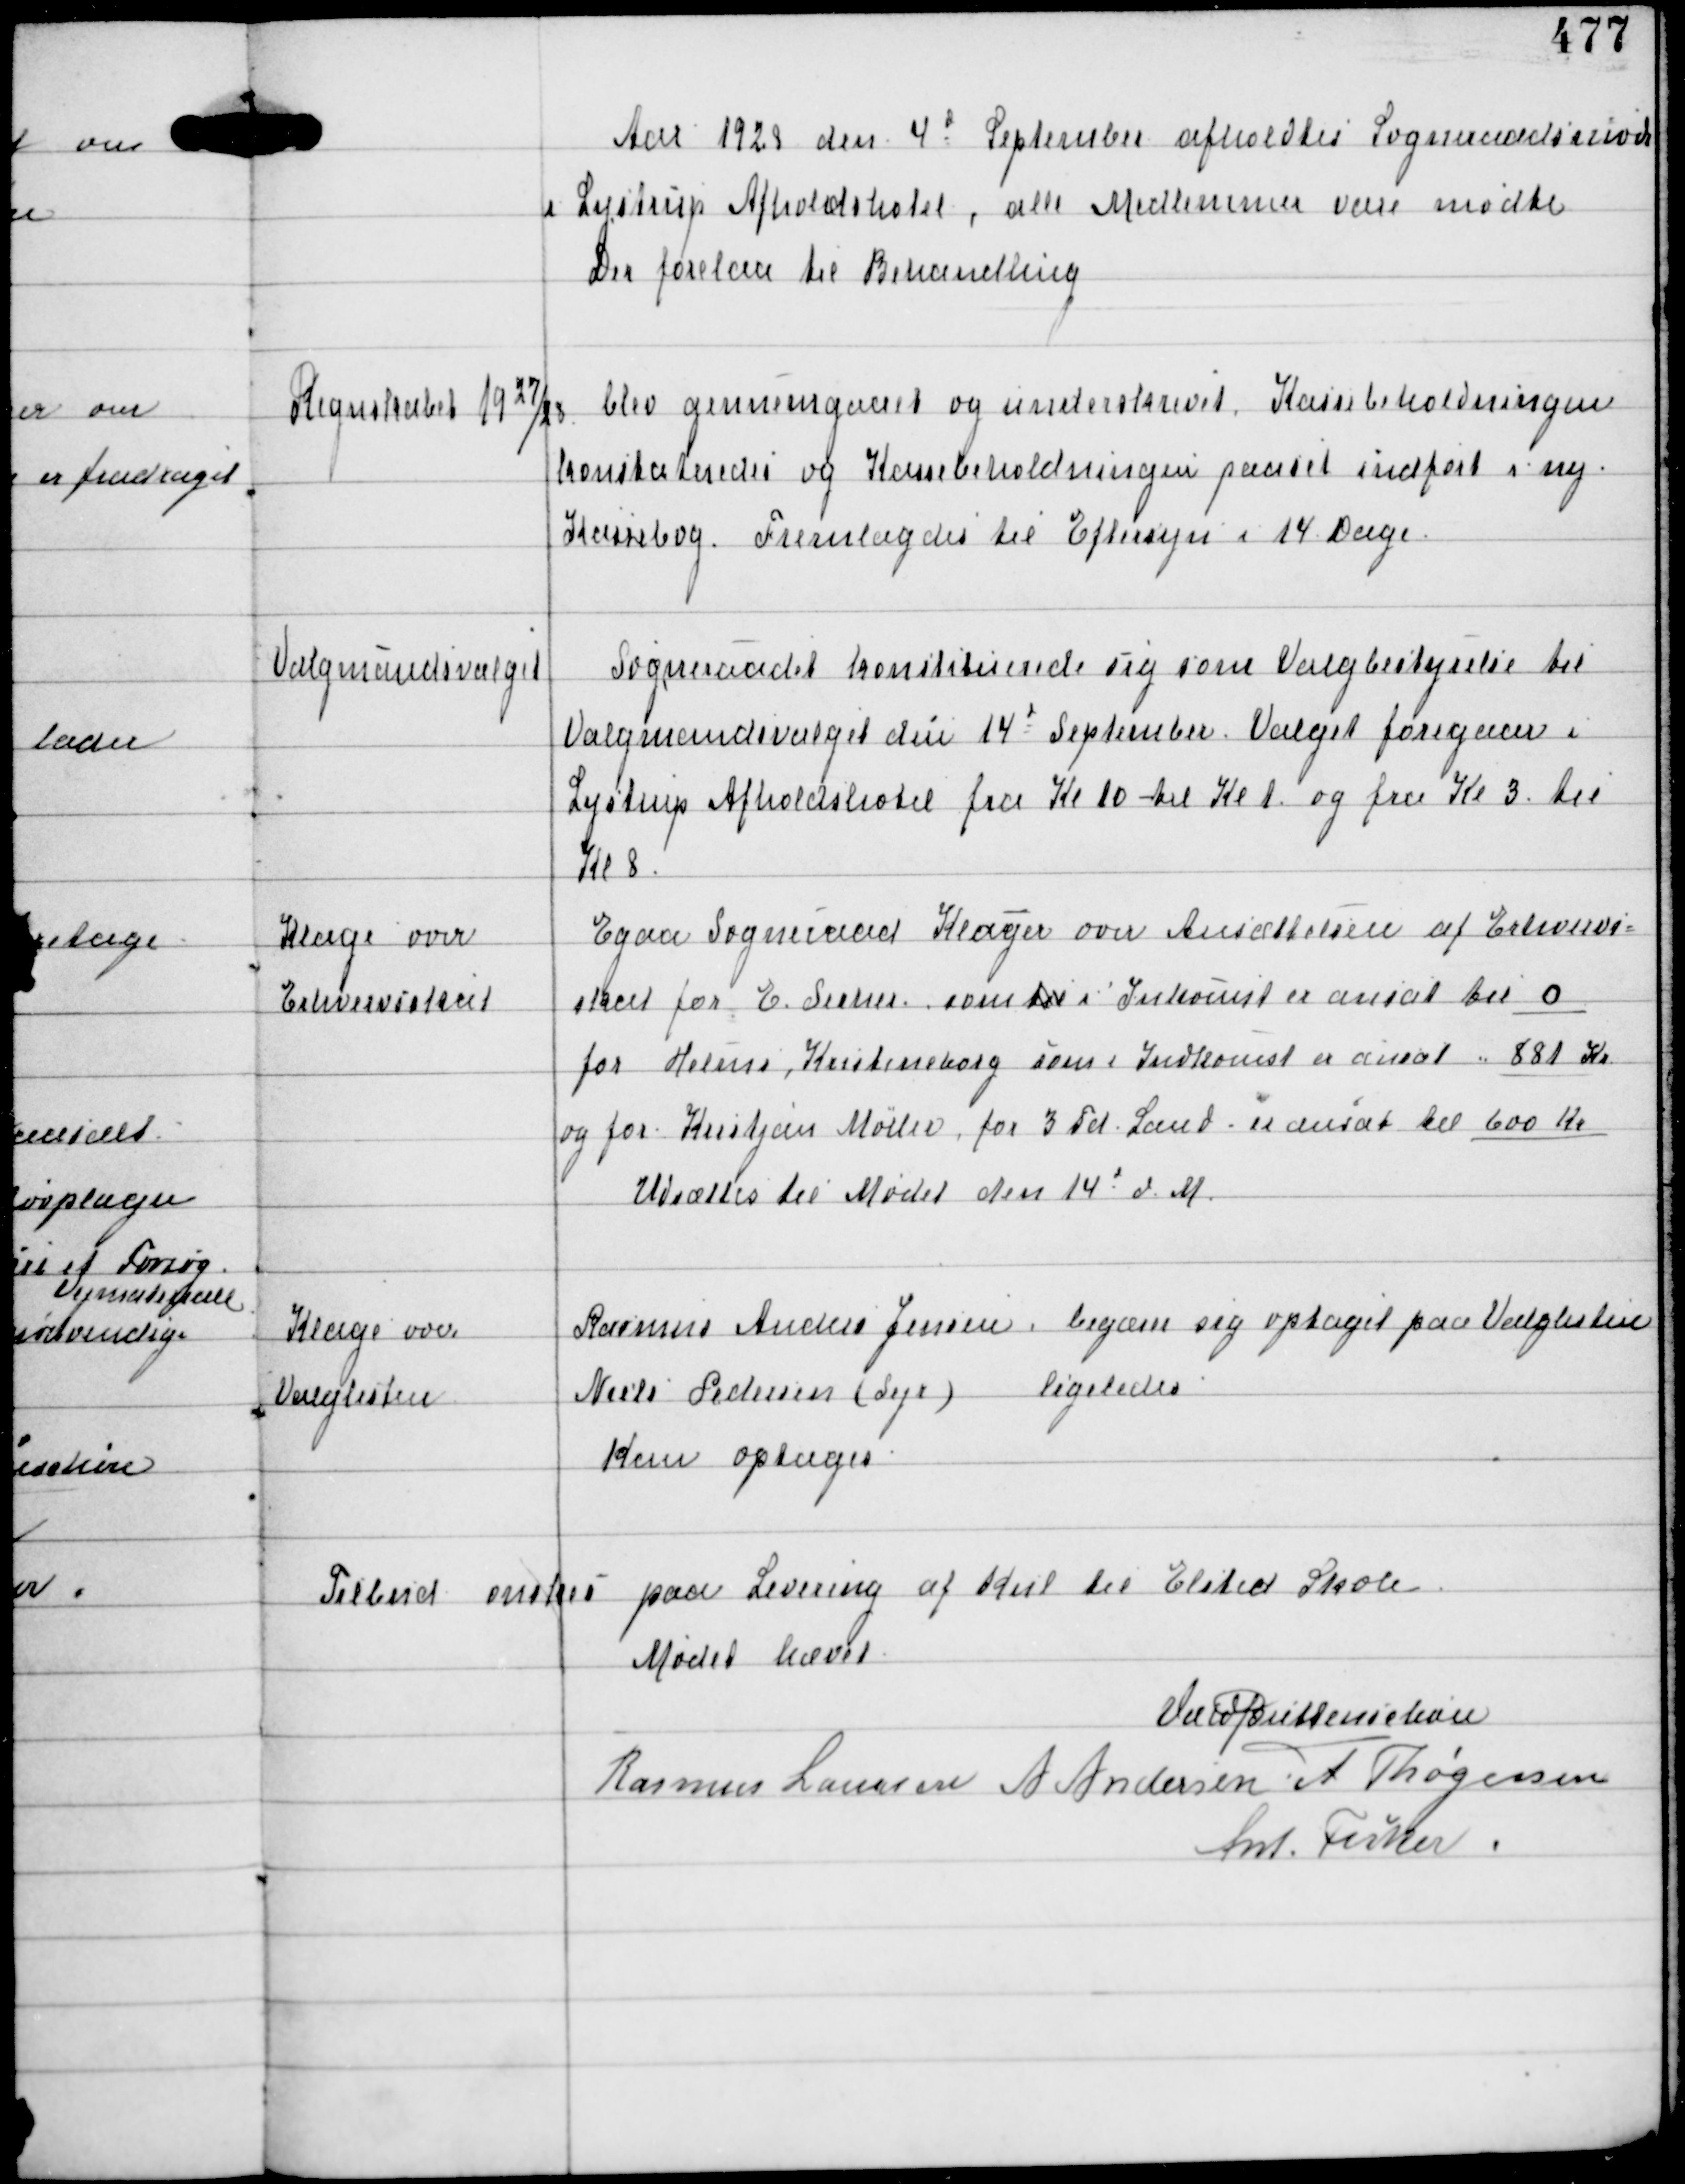
Transskription:
Aar 1928 den 4d September afholdtes Sogneraadsmøde
i Lystrup Afholdshotel, alle Medlemmer vare mødte
Der forelaa til Behandling

Regnskabet 1927/28

blev gennemgaaet og underskrevet. Kassebeholdningen
konstateredes og Kassebeholdningen paaset indført i ny
Kassebog. Fremlagdes til Eftersyn i 14 Dage.

Valgmandsvalget

Sogneraadet konstituerede sig som Valgbestyrelse til
Valgmandsvalget fra 14d September. Valget foregaar i
Lystrup Afholdshotel fra Kl 10 til Kl 1 og fra Kl 3 til
Kl 8.

Klage over
Erhvervsskat

Egaa Sogneraad Klager over Ansættelsen af Erhvervs-
skat for E Secher som til i Indkomst er ansat til 0
for Helms, Kristineborg som i Indkomst er ansat " 881 Kr
og for Kristjan Møller, for 3 Td Land - er ansat til 600 Kr
Udsættes til Mødet den 14d d.M

Klager over
Valglisten

Rasmus Anders Jensen begærer sig optaget paa Valglisten
Niels Pedersen (Sejr) ligeledes
Kan optages.

Tilbud ønskes paa Levering af Kul til Elsted Skole

Mødet hævet
Vald Buttenschøn
Rasmus Laursen A Andersen A Thøgersen
Ant Fisker